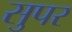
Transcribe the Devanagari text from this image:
सुपर